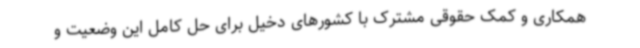
همکاری و کمک حقوقی مشترک با کشورهای دخیل برای حل کامل این وضعیت و